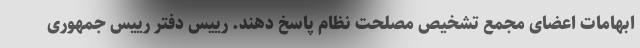
ابهامات اعضای مجمع تشخیص مصلحت نظام پاسخ دهند. رییس دفتر رییس جمهوری